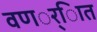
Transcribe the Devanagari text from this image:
वणर््िात